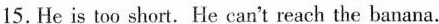
15.He is too short. He can't reach the banana.